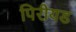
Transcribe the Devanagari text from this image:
पिरीयड